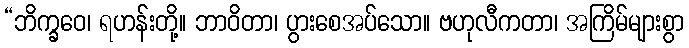
“ဘိက္ခဝေ၊ ရဟန်းတို့။ ဘာဝိတာ၊ ပွားစေအပ်သော။ ဗဟုလီကတာ၊ အကြိမ်များစွာ